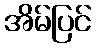
အိမ်ပြင်